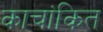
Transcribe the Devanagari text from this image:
काचांकित